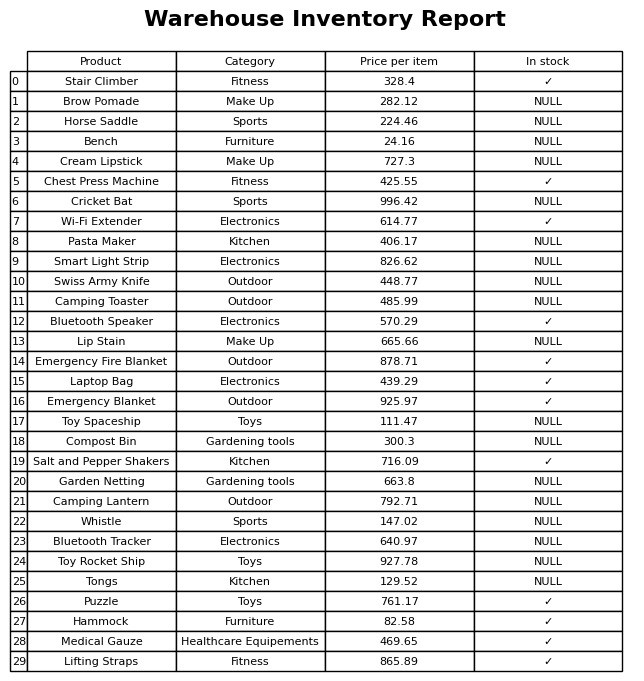
question: What is the price for Puzzle?
answer: The price of Puzzle is 761.17.